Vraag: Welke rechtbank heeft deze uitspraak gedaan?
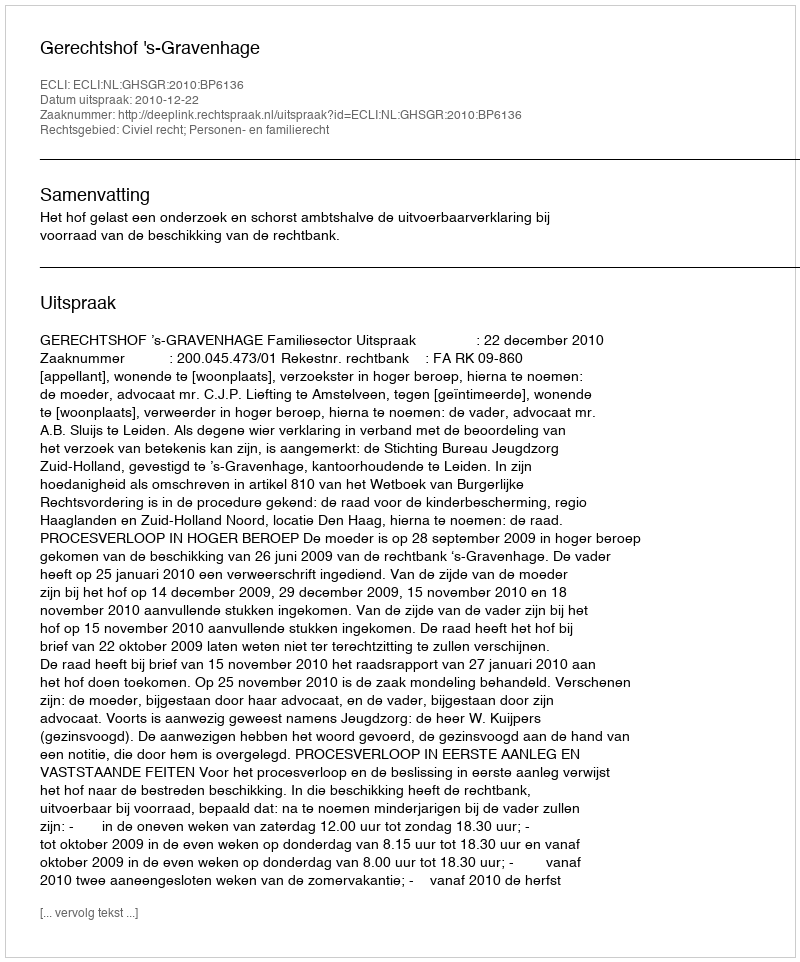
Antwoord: Gerechtshof 's-Gravenhage